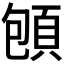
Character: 𲊬